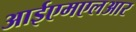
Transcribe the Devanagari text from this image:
आईएमएलआर